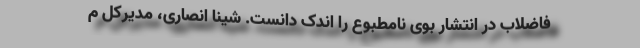
فاضلاب در انتشار بوی نامطبوع را اندک دانست. شینا انصاری، مدیرکل م